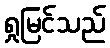
ရှုမြင်သည်